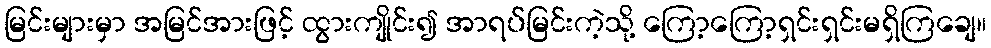
မြင်းများမှာ အမြင်အားဖြင့် ထွားကျိုင်း၍ အာရပ်မြင်းကဲ့သို့ ကြော့ကြော့ရှင်းရှင်းမရှိကြချေ။